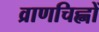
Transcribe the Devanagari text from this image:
व्राणचिह्नों